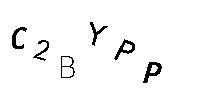
C2BYPP